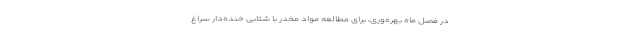
در فصل ماه بهره‌وری، برای مطالعهٔ مواد مخدر با شتابی خنده‌دار سراغ